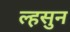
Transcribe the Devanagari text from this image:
ल्हसुन